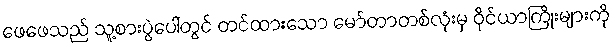
ဖေဖေသည် သူ့စားပွဲပေါ်တွင် တင်ထားသော မော်တာတစ်လုံးမှ ဝိုင်ယာကြိုးများကို